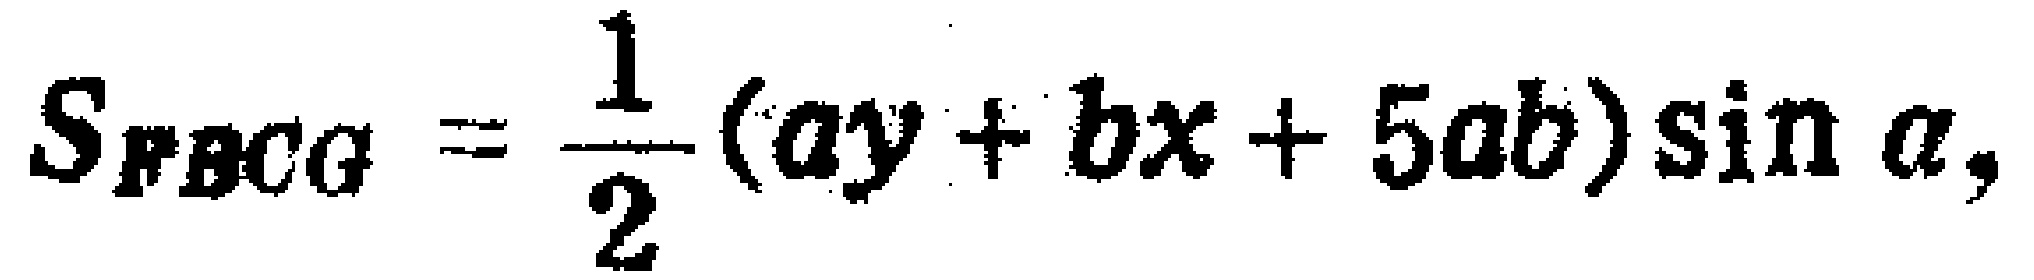
$S_{FBCG}=\frac{1}{2}(ay + bx + 5ab)\sin\alpha,$